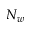
N _ { w }